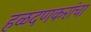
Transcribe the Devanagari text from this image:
हळदणकरांचा